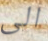
الى